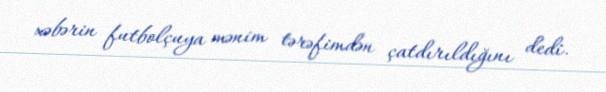
xəbərin futbolçuya mənim tərəfimdən çatdırıldığını dedi.